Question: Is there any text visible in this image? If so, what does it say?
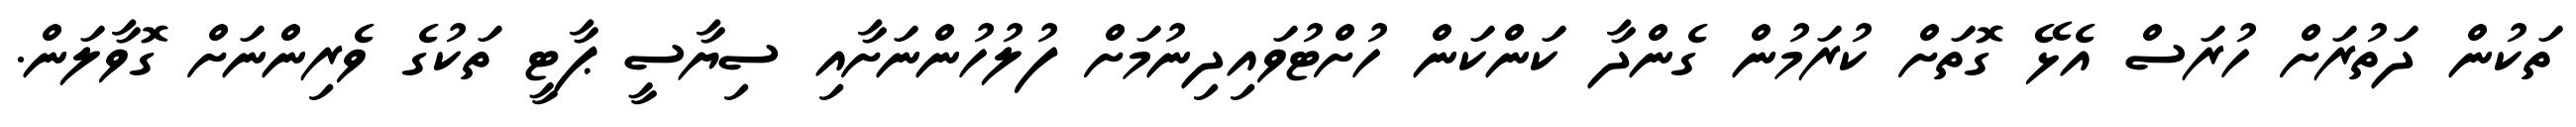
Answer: ތަކުން ދަތުރަށް ހުރަސް އެޅޭ ގޮތަށް ކުރަމުން ގެންދާ ކަންކަން ހުށްޓުވައިދިނުމަށް ފުލުހުންނަށާއި ސިޔާސީ ޕާޓީ ތަކުގެ ވެރިންނަށް ގޮވާލަން.